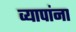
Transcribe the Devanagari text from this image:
व्यापांना